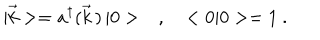
| \vec { k } > = a ^ { \dagger } ( \vec { k } \, ) \, | 0 > \ \ \ , \ \ \ < 0 | 0 > = 1 \ .